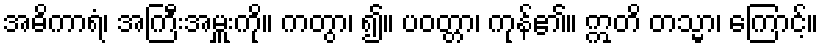
အဓိကာရံ၊ အကြီးအမှူးကို။ ကတွာ၊ ၍။ ပဝတ္တာ၊ ကုန်၏။ ဣတိ တသ္မာ၊ ကြောင့်။